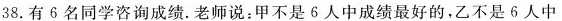
38.有6名同学咨询成绩。老师说：甲不是6人中